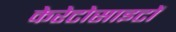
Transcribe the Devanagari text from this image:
केरेटोसाइटों